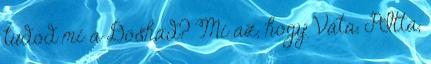
tudod mi a Doshád? Mi az, hogy Vata, PItta,